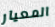
المعيار